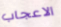
الاعجاب